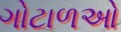
ગોટાળઓ